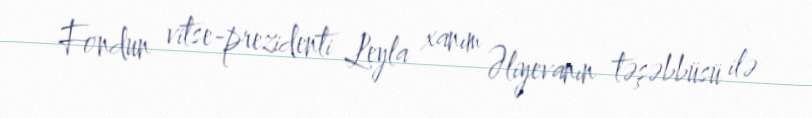
Fondun vitse-prezidenti Leyla xanım Əliyevanın təşəbbüsü ilə